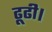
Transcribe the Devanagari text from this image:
ढूढी।